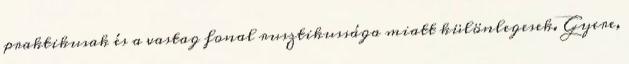
praktikusak és a vastag fonal rusztikussága miatt különlegesek. Gyere,